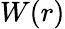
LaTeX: W(r)